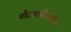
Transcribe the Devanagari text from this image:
पोटजातीसंबंधीच